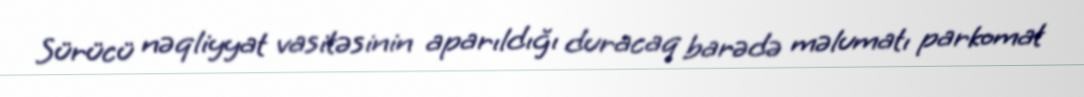
Sürücü nəqliyyat vasitəsinin aparıldığı duracaq barədə məlumatı parkomat